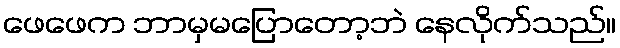
ဖေဖေက ဘာမှမပြောတော့ဘဲ နေလိုက်သည်။